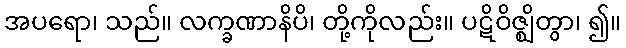
အပရော၊ သည်။ လက္ခဏာနိပိ၊ တို့ကိုလည်း။ ပဋိဝိဇ္ဈိတွာ၊ ၍။